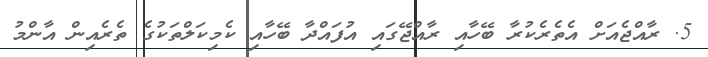
5. ރާއްޖެއަށް އެތެރެކުރާ ބޭހާއި ރާއްޖޭގައި އުފައްދާ ބޭހާއި ކެމިކަލްތަކުގެ ތެރެއިން އާންމު